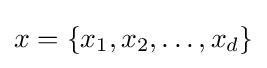
x=\left\{x_{1},x_{2},\ldots ,x_{d}\right\}